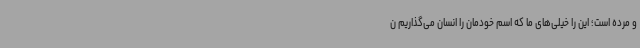
و مرده است؛ این را خیلی‌های ما که اسم خودمان را انسان می‌گذاریم ن